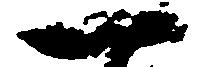
一